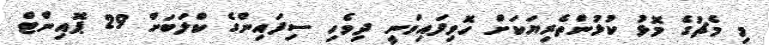
މި މެޗުގެ މޮޅު ކުޅުންތެރިޔަކަށް ހޮވިފައިވަނީ ދިވެހި ސިފައިންގެ ކްލަބަށް 29 ޕޮއިންޓް